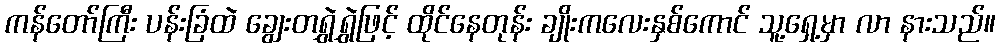
ကန်တော်ကြီး ပန်းခြံထဲ ချွေးတရွှဲရွှဲဖြင့် ထိုင်နေတုန်း ချိုးကလေးနှစ်ကောင် သူ့ရှေ့မှာ လာ နားသည်။